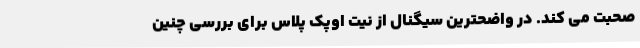
صحبت می کند. در واضحترین سیگنال از نیت اوپک پلاس برای بررسی چنین